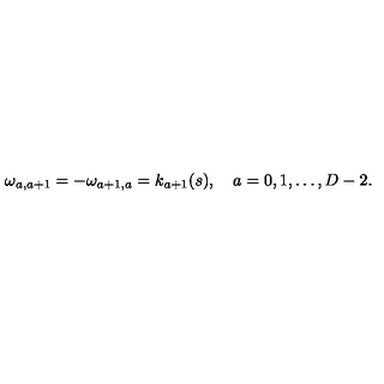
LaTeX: \omega _ { a , a + 1 } = - \omega _ { a + 1 , a } = k _ { a + 1 } ( s ) , \quad a = 0 , 1 , \ldots , D - 2 { . }